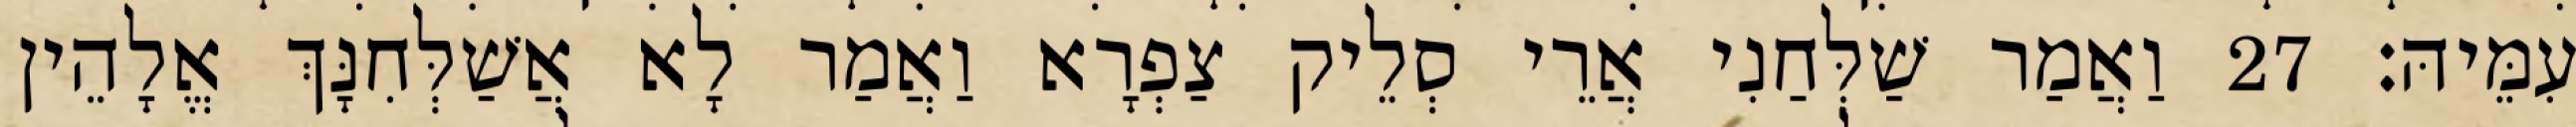
עִמֵּיהּ׃ 27 וַאֲמַר שַׁלְּחַנִי אֲרֵי סְלֵיק צַפְרָא וַאֲמַר לָא אֲשַׁלְּחִנָּךְ אֱלָהֵין